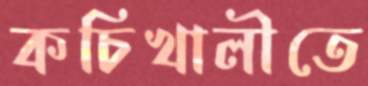
কচিখালীতে